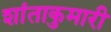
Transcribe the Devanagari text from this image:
शांताकुमारी